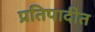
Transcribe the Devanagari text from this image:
प्रतिपादीत